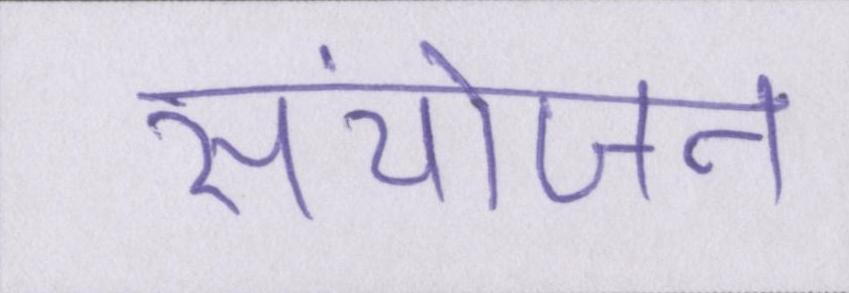
संयोजन